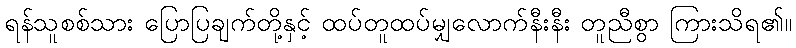
ရန်သူစစ်သား ပြောပြချက်တို့နှင့် ထပ်တူထပ်မျှလောက်နီးနီး တူညီစွာ ကြားသိရ၏။